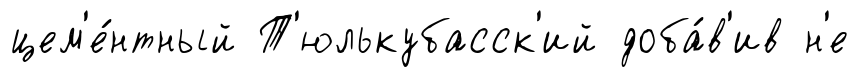
цем'е́нтный Т'юлькубасск'ий доба́в'ив н'е